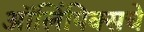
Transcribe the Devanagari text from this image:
ऑलिंपिक्सचे